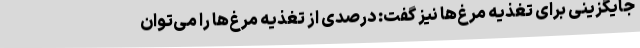
جایگزینی برای تغذیه مرغ‌ها نیز گفت: درصدی از تغذیه مرغ‌ها را می‌توان